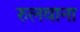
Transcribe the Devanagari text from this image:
रुलवाना